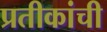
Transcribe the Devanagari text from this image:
प्रतीकांची